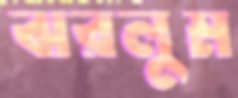
ঝরলুম